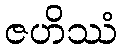
ဇဟိဿံ